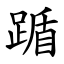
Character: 踲